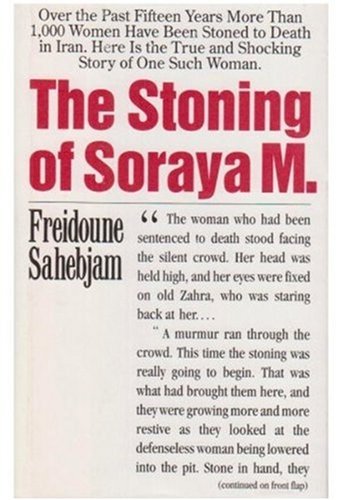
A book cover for The Stoning of Soraya M.; Freidoune Sahebjam; Religion & Spirituality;